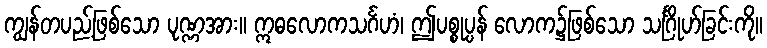
ကျွန်တပည့်ဖြစ်သော ပုဏ္ဏအား။ ဣဓလောကသင်္ဂဟံ၊ ဤပစ္စုပ္ပန် လောက၌ဖြစ်သော သင်္ဂြိုဟ်ခြင်းကို။